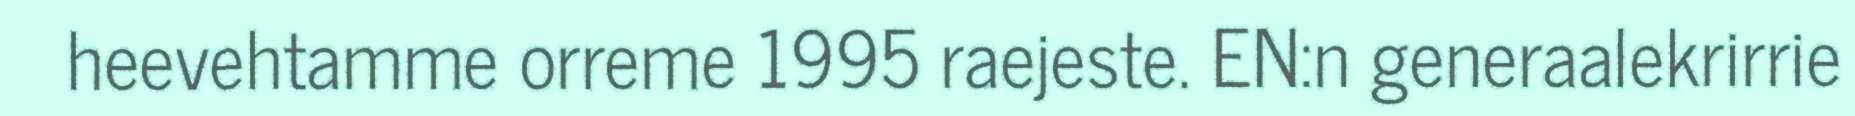
heevehtamme orreme 1995 raejeste. EN:n generaalekrirrie